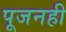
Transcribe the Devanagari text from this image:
पूजनही